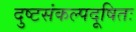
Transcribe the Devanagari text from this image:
दुष्टसंकल्पदूषितः